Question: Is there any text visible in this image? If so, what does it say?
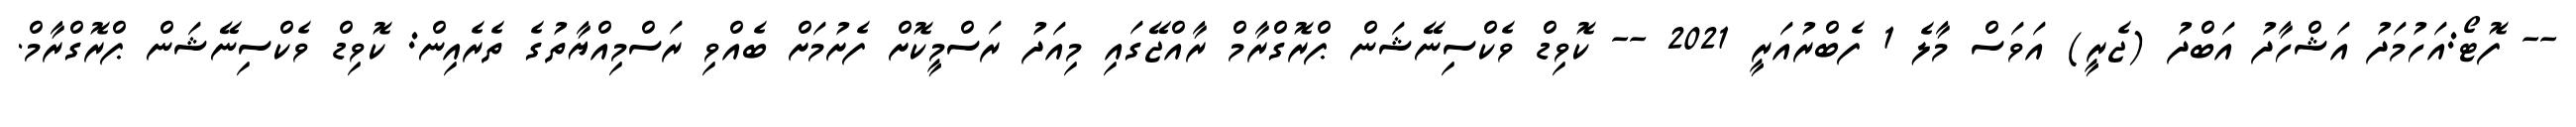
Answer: -- ފޮޓޯ:އަހުމަދު އަޝްހާދު އަބްދު (ޖެރީ) އަވަސް މާލެ 1 ފެބްރުއަރީ 2021 -- ކޮވިޑް ވެކްސިނޭޝަން ޕްރޮގްރާމް ރާއްޖޭގައި މިއަދު ރަސްމީކޮށް ފެށުމަށް ބެއްވި ރަސްމިއްޔާތުގެ ތެރެއިން: ކޮވިޑް ވެކްސިނޭޝަން ޕްރޮގްރާމް.